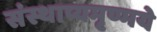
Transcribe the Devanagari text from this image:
संस्थाप्यमृण्मये